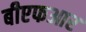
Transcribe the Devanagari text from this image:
बीएफआर